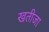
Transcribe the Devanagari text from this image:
खतीजा